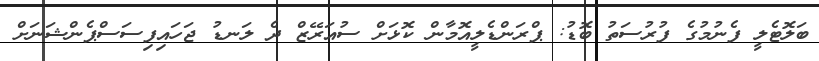
ބަލޮޓެލީ ފެނުމުގެ ފުރުސަތު ބޮޑު: ޕްރަންޑެލީއޮމާން ކޮޅަށް ސުއަރޭޒް ދެ ލަނޑު ޖަހައިފިސަސްޕެންޝަނަށް